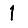
Digit: 1